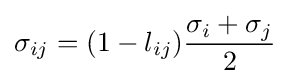
\sigma _{ij}=(1-l_{ij}){\frac {\sigma _{i}+\sigma _{j}}{2}}